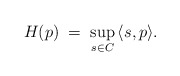
\begin{align*}H(p)\;=\; \sup_{ s \in C}\, \langle s, p \rangle.\end{align*}